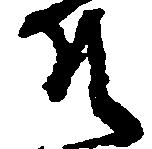
そ